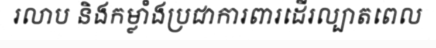
រលាប និងកម្លាំងប្រជាការពារដើរល្បាតពេល